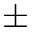
\pm